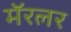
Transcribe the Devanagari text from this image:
मॅरलर